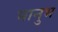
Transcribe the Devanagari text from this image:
भानुभ